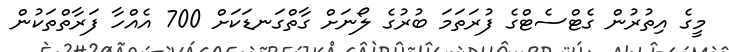
މީގެ އިތުރުން ގެޓްސެޓްގެ ފުރަތަމަ ބުރުގެ ލޯނަށް ގާތްގަނޑަކަށް 700 އެއްހާ ފަރާތްތަކުން